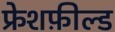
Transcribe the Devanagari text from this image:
फ्रेशफ़ील्ड